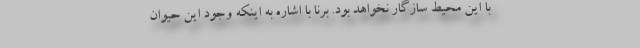
با این محیط سازگار نخواهد بود. برنا با اشاره به اینکه وجود این حیوان